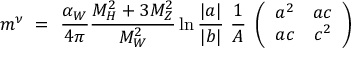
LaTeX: m ^ { \nu } \ = \ \frac { { \alpha } _ { W } } { 4 \pi } \frac { M _ { H } ^ { 2 } + 3 M _ { Z } ^ { 2 } } { M _ { W } ^ { 2 } } \ln \frac { | a | } { | b | } \ \frac { 1 } { A } \ \left( \begin{array} { c c } { { a ^ { 2 } } } & { { a c } } \\ { { a c } } & { { c ^ { 2 } } } \end{array} \right)